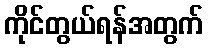
ကိုင်တွယ်ရန်အတွက်